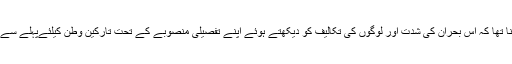
شامی تنازع اور تارکین وطن کے بحران پر ڈیوڈ کیمرون کا کہنا تھا کہ اس بحران کی شدت اور لوگوں کی تکالیف کو دیکھتے ہوئے اپنے تفصیلی منصوبے کے تحت تارکین وطن کیلئےپہلے سے موجود اسکیموں میں ہزاروں شامی باشندوں کو پناہ دی جائیگی۔